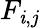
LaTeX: F_{\mathit{i},j}